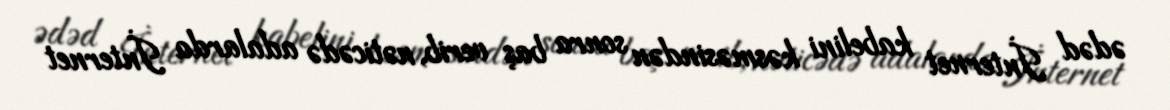
ədəd İnternet kabelini kəsməsindən sonra baş verib, nəticədə adalarda İnternet